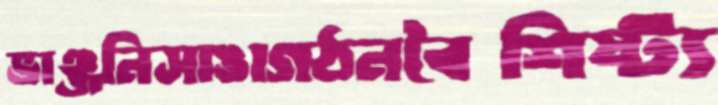
ভাঞ্জনিসাঙাগঠনবৈশিষ্ট্য